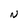
Character: a